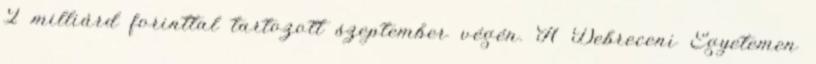
2 milliárd forinttal tartozott szeptember végén. A Debreceni Egyetemen